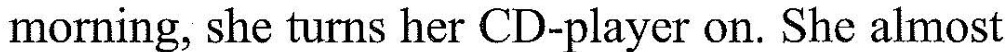
morning, she turns her CD-player on. She almost